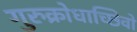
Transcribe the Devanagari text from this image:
गुरुक्रोधाच्छिवो